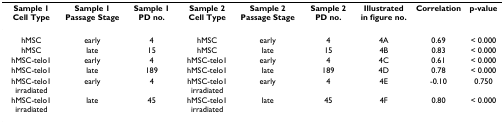
<table><thead><tr><td><b>Sample 1 Cell Type</b></td><td><b>Sample 1 Passage Stage</b></td><td><b>Sample 1 PD no.</b></td><td><b>Sample 2 Cell Type</b></td><td><b>Sample 2 Passage Stage</b></td><td><b>Sample 2 PD no.</b></td><td><b>Illustrated in figure no.</b></td><td><b>Correlation</b></td><td><b>p-value</b></td></tr></thead><tbody><tr><td>hMSC</td><td>early</td><td>4</td><td>hMSC</td><td>early</td><td>4</td><td>4A</td><td>0.69</td><td>&lt; 0.000</td></tr><tr><td>hMSC</td><td>late</td><td>15</td><td>hMSC</td><td>late</td><td>15</td><td>4B</td><td>0.83</td><td>&lt; 0.000</td></tr><tr><td>hMSC-telo1</td><td>early</td><td>4</td><td>hMSC-telo1</td><td>early</td><td>4</td><td>4C</td><td>0.61</td><td>&lt; 0.000</td></tr><tr><td>hMSC-telo1</td><td>late</td><td>189</td><td>hMSC-telo1</td><td>late</td><td>189</td><td>4D</td><td>0.78</td><td>&lt; 0.000</td></tr><tr><td>hMSC-telo1 irradiated</td><td>early</td><td>4</td><td>hMSC-telo1 irradiated</td><td>early</td><td>4</td><td>4E</td><td>-0.10</td><td>0.750</td></tr><tr><td>hMSC-telo1 irradiated</td><td>late</td><td>45</td><td>hMSC-telo1 irradiated</td><td>late</td><td>45</td><td>4F</td><td>0.80</td><td>&lt; 0.000</td></tr></tbody></table>